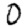
Digit: 0